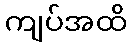
ကျပ်အထိ